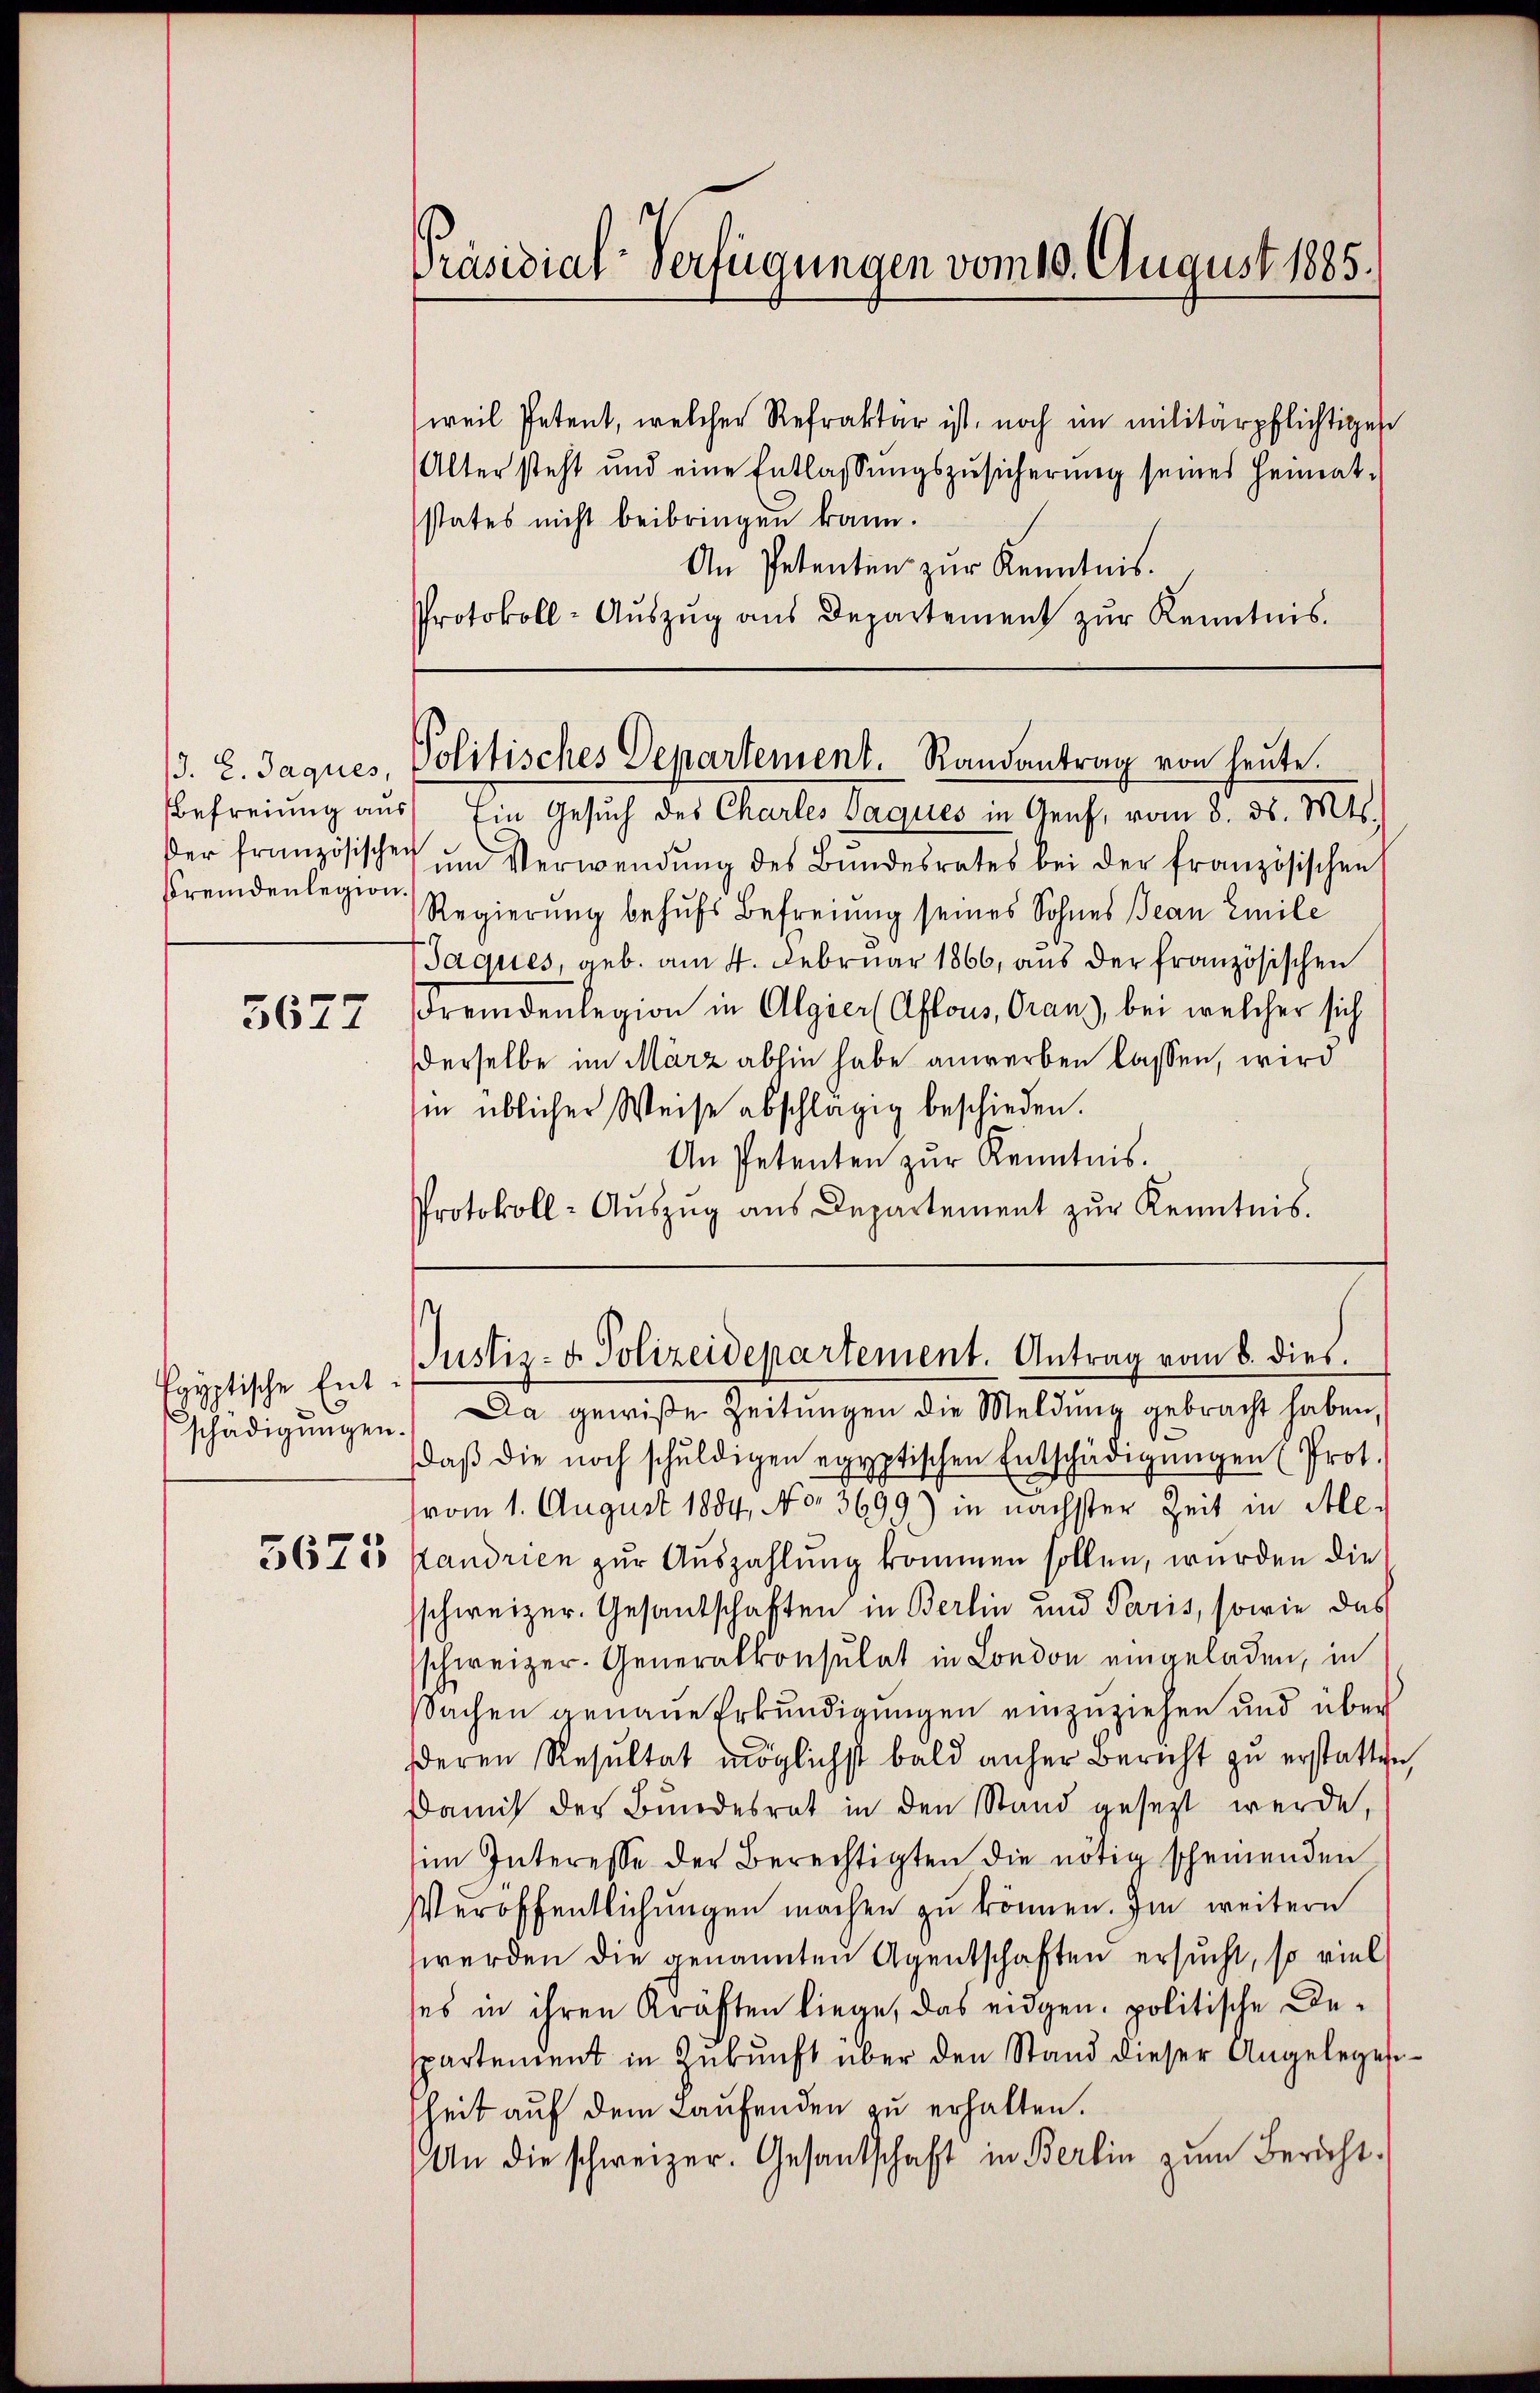
Fremdenlegion.

5677

Egyptische Entschädigungen.

Präsidial-Verfügungen vom 10. August 1885.

states nicht beibringen kann.

3. l. Jaques, Politisches Departement. Randantrag von heute.

Befreiung aus Ein Gesuch des Charles Paques in Genf, vom 8. ds. Mts.
der französischen ŭm Verwendŭng des Bŭndesrates bei der französischen
Regierung behufs Befreiung seines Sohnes Jean Emile
Jaques, geb. am 4. Februar 1866, aus der französischen
Fremdenlegion in Algier (Offous, Oran, bei welcher sich
derselbe im März abhin habe anwerben lassen, wird
in üblicher Weise abschlägig beschieden.
An Petenten zŭr Kenntnis.
Protokoll-Aŭszŭg aŭs Departement zŭr Kenntnis.

weil Petent, welcher Refraktär ist, noch im militärpflichtigen
Alter steht und eine Entlassŭngszŭsicherŭng seines Heimat-
An Petenten zur Kenntnis.
Protokoll-Aŭszŭg aŭs Departement zŭr Kenntnis.

Justiz- & Polizeidepartement. Antrag vom 8. dies

Da gewiße Zeitungen die Meldung gebracht haben,
daβ die noch schŭldigen egyptischen Entschädigŭngen (Prot.
vom 1. August 1884, No. 3699) in nächster Zeit in Ale-
56 755 kandrien zur Auszahlung kommen sollen, wurden die
schweizer. Gesandschaften in Berlin und Paris, sowie das
schweizer. Generalkonsulat in London eingeladen, in
sSachen genaue Erkundigungen einzuziehen und über
deren Resultat möglichst bald anher Bericht zu erstatten,
Damit der Bundesrat in den Stand gesezt werde,
im Interesse der Berechtigten die nötig scheinenden
Veröffentlichungen machen zu können. Im weitere
werden die genannten Agentschaften ersucht, so viel
ses in ihren Kräften liege, das eidgen. politische Despartement in Zukunft über den Stand dieser Angelegesheit auf dem Laufenden zu erhalten.
An die schweizer. Gesandschaft in Berlin zŭm Bericht-